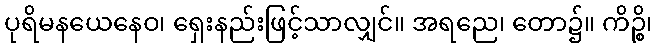
ပုရိမနယေနေဝ၊ ရှေးနည်းဖြင့်သာလျှင်။ အရညေ၊ တော၌။ ကိဉ္စိ၊